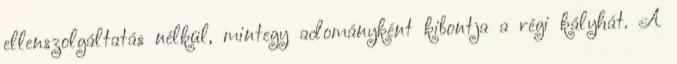
ellenszolgáltatás nélkül, mintegy adományként kibontja a régi kályhát. A